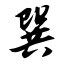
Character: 巽